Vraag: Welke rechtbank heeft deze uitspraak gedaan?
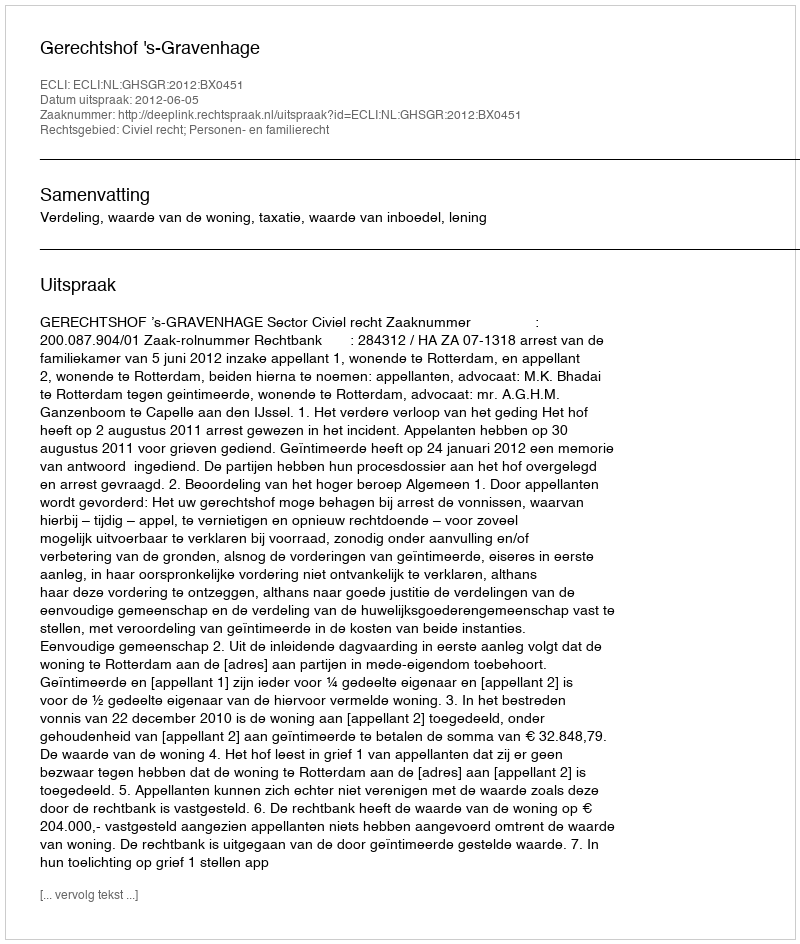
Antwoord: Gerechtshof 's-Gravenhage